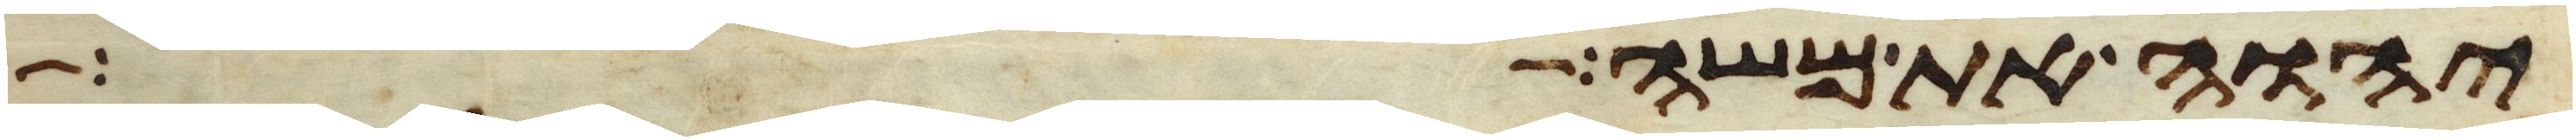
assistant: יהוה את משה